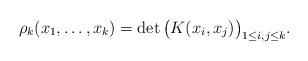
LaTeX: \begin{align*}\rho_k(x_1, \ldots, x_k) = \det {\big( K(x_i,x_j) \big)}_{1 \leq i,j \leq k} .\end{align*}